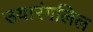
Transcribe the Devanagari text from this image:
उयारंगलिल